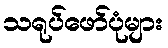
သရုပ်ဖော်ပုံများ